Civil Veterinary Dept. Bombay admin report 1932-41 - 1932-1941
Year: 1932
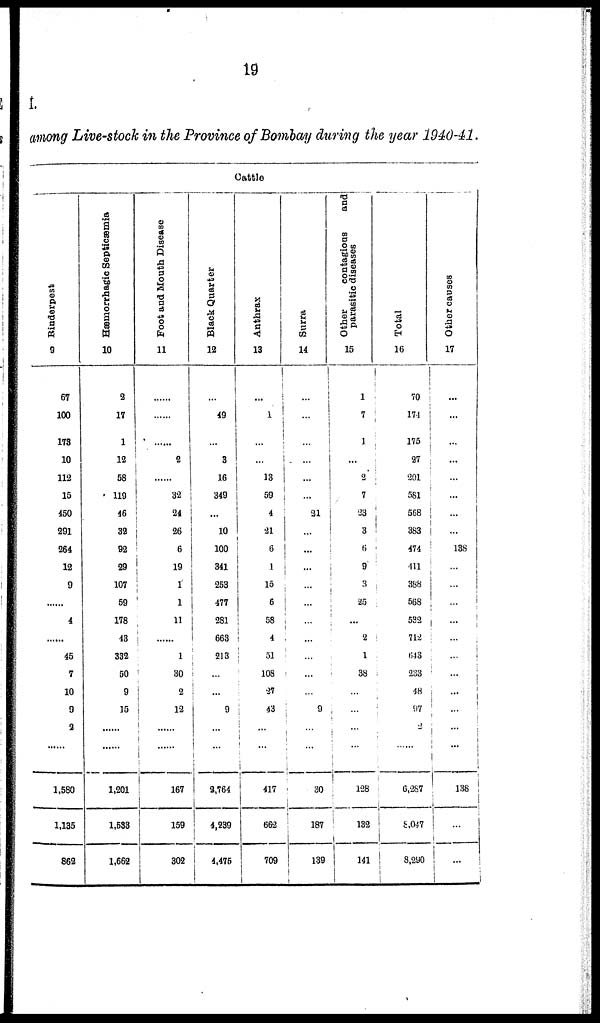
19
I.
among Live-stock in the Province of Bombay during the year 1940-41.
Cattle
Rinderpest
9
67
100
173
10
112
15
450
291
264
12
9
......
4
......
45
7
10
9
2
......
1,580
1,135
862
Hæmorrhagic Septicæmia
10
2
17
1
12
58
119
46
32
92
29
107
59
178
43
332
50
9
15
......
......
1,201
1,538
1,662
Foot and Mouth Disease
11
......
......
......
2
......
32
24
26
6
19
1
1
11
......
1
30
2
12
......
......
167
159
302
Black Quarter
12
...
49
...
3
16
349
...
10
100
341
253
477
281
663
213
...
...
9
...
...
2,764
4,239
4,475
Anthrax
13
...
1
...
...
13
59
4
21
6
1
15
6
58
4
51
108
27
43
...
...
417
662
709
Surra
14
...
...
...
...
...
...
21
...
...
...
...
...
...
...
...
...
...
9
...
...
30
187
139
Other
contagious
and
parasitic diseases
15
1
7
1
...
2
7
23
3
6
9
3
25
...
2
1
38
...
...
...
...
128
132
141
Total
16
...
174
175
27
201
581
568
383
474
411
388
568
582
712
643
233
48
97
2
......
6,267
8,047
8,290
Other causes
17
...
...
...
...
...
...
...
...
138
...
...
...
...
...
...
...
...
...
...
...
138
...
...